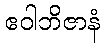
ဧဝါဘိဇာနံ